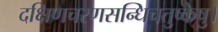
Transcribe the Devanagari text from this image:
दक्षिणचरणसन्धिचतुष्केषु।